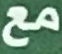
مع